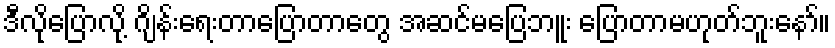
ဒီလိုပြောလို့ ဂျိန်းရေးတာပြောတာတွေ အဆင်မပြေဘူး ပြောတာမဟုတ်ဘူးနော်။